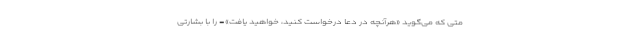
متی که می‌گوید «هرآنچه در دعا درخواست کنید، خواهید یافت»- را با بشارتی